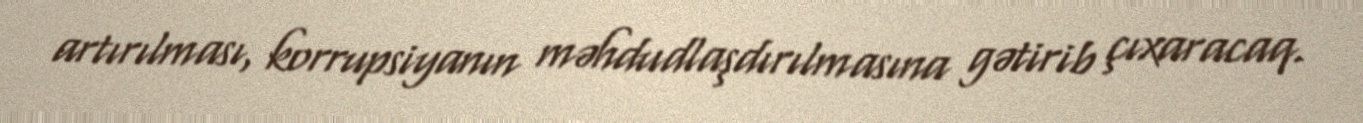
artırılması, korrupsiyanın məhdudlaşdırılmasına gətirib çıxaracaq.